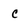
Character: c